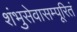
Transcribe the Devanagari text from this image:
शंभुसेवासम्पूरितं